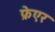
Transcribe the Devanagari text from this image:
फ्रेएर